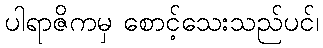
ပါရာဇိကမှ စောင့်သေးသည်ပင်၊